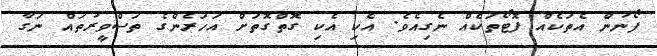
ފޯނުން އެތަކެއް ފޮޓޯތަކެއް ނެގިއެވެ. އެކި އެކި ގޮތްގޮތަށް އަަހަރެންގެ ތަސްވީރުތައް ނަގާ